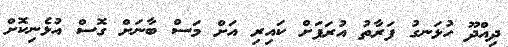
ދިއްދޫ ހުޅަނގު ފަރާތު އުރަފަށް ކައިރި އަށް މަސް ބާނަށް ގޮސް އުޅެނިކޮށް